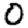
Digit: 0